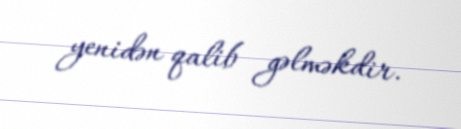
yenidən qalib gəlməkdir.